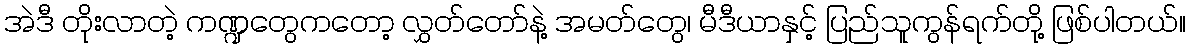
အဲဒီ တိုးလာတဲ့ ကဏ္ဍတွေကတော့ လွှတ်တော်နဲ့ အမတ်တွေ၊ မီဒီယာနှင့် ပြည်သူကွန်ရက်တို့ ဖြစ်ပါတယ်။